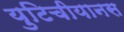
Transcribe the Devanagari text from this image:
युटिचीयानस